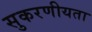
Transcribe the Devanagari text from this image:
सुकरणीयता